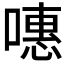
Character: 𠽡